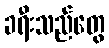
ခရီးသည်တွေ